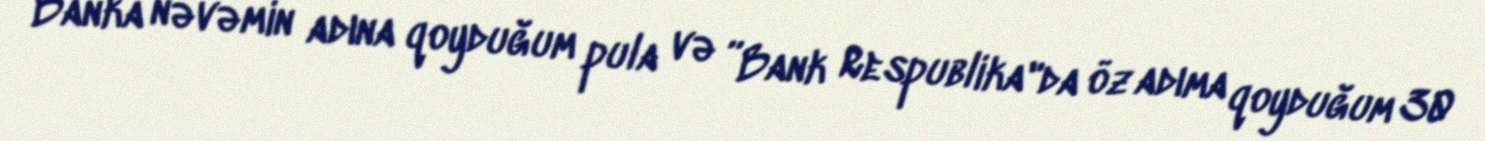
Banka nəvəmin adına qoyduğum pula və ”Bank Respublika"da öz adıma qoyduğum 30